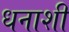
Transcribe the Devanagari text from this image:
धनाशी